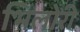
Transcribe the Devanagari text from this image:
भिलोरी